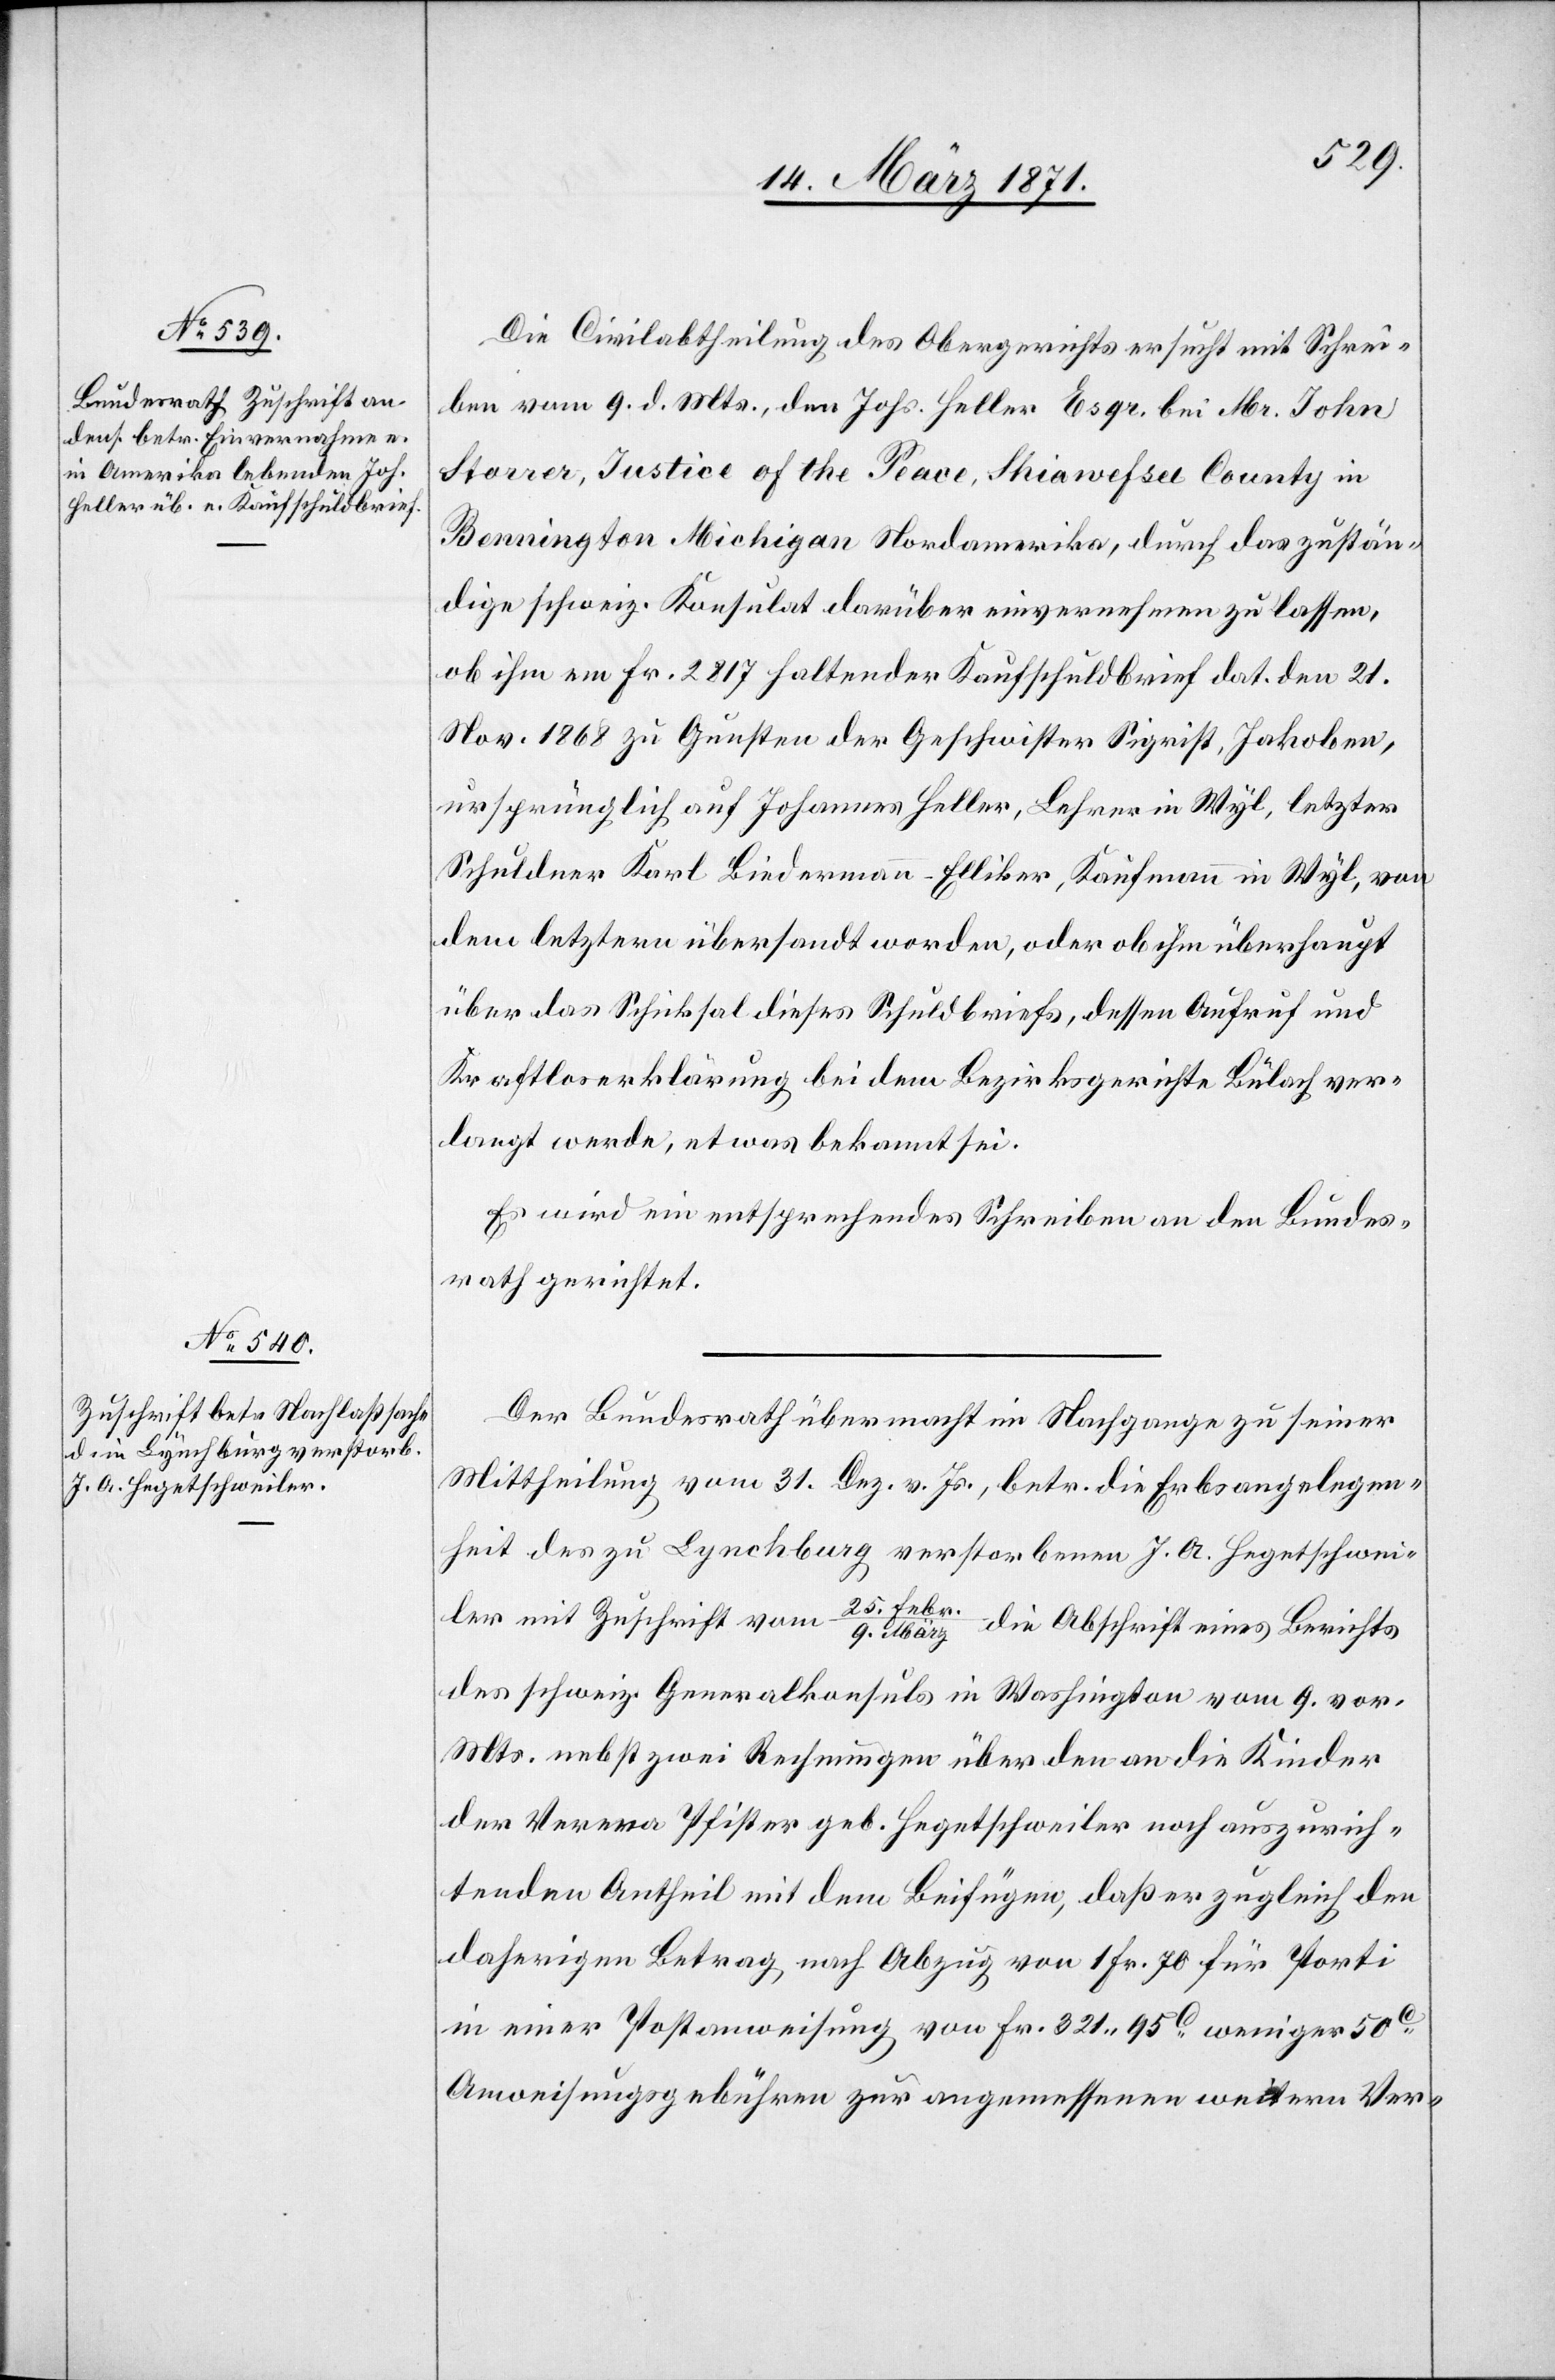
14. März 1871.]
Die Civilabtheilung des Obergerichts ersucht mit Schrei¬
ben vom 9. d. Mts., den Johs. Heller Esqr. bei Mr. John
Storrer, Justice of the Peace, Shiawessee County in
Bennington Michigan Nordamerika, durch das zustän¬
dige schweiz. Konsulat darüber einvernehmen zu lassen,
ob ihm um Fr. 2817 haltender Kaufschuldbrief dat. den 21.
Nov. 1868 zu Gunsten der Geschwister Sigrist, Jakoben,
ursprünglich auf Johannes Heller, Lehrer in Wyl, letzter
Schuldner Karl Liedermann-Elliker, Kaufmann in Wyl, von
dem letztern übersandt worden, oder ob ihm überhaupt
über das Schicksal dieses Schuldbriefs, dessen Aufruf und
Kraftlosenerklärung bei dem Bezirksgerichte Bülach ver¬
langt werde, etwas bekannt sei.
Es wird ein entsprechendes Schreiben an den Bundes¬
rath gerichtet.
Der Bundesrath übermacht im Nachgange zu seiner
Mittheilung vom 31. Dez. v. Js., betr. die Erbsangelegen¬
heit des zu Lynchburg verstorbenen J. A. Hegetschwei¬
ler mit Zuschrift vom 25. Febr./9. März die Abschrift eines Berichts
des schweiz. Generalkonsuls in Washington vom 9. vor.
Mts. nebst zwei Rechnungen über den an die Kinder
der Verena Pfister geb. Hegetschweiler noch auszurich¬
tenden Antheil mit dem Beifügen, daß er zugleich den
daherigen Betrag nach Abzug von 1 Fr. 70 für Porti
in einer Postanweisung von Fr. 321.95c. weniger 50c.
Anweisungsgebühren zur angemessenen weitern Ver-